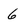
Character: 6